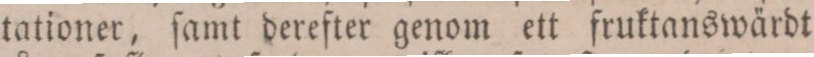
tationer, ſamt derefter genom ett fruktanswärdt